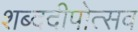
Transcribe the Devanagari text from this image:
शब्ददीपोत्सव